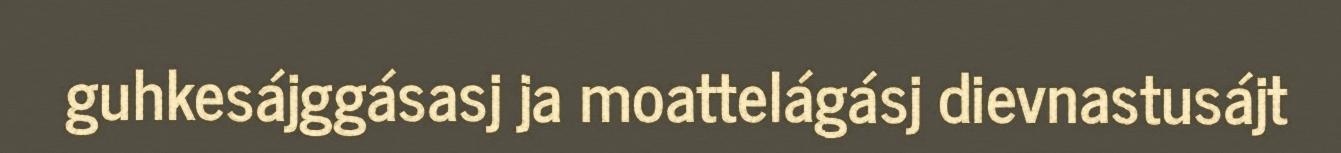
guhkesájggásasj ja moattelágásj dievnastusájt